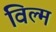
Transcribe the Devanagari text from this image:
विल्म